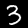
Digit: 3